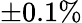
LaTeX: \pm 0.1\%